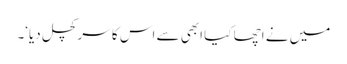
میں نے اچھا کیا ابھی سے اس کا سر کچل دیا‘۔